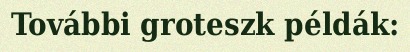
További groteszk példák: